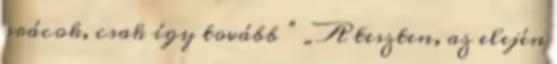
srácok, csak így tovább ” „A teszten, az elején